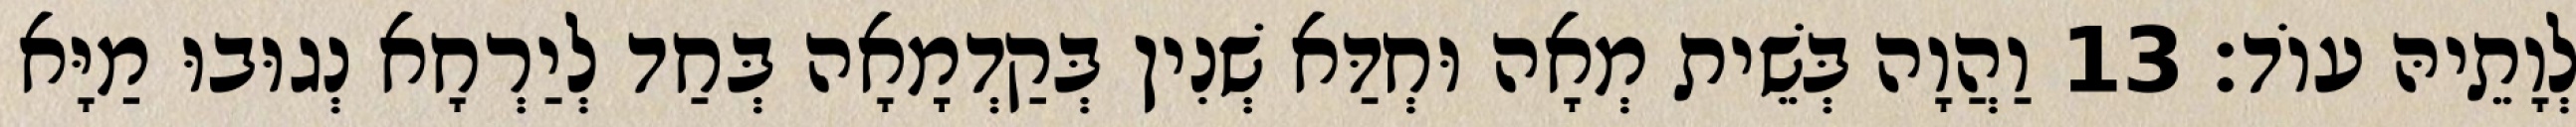
לְוָתֵיהּ עוֹד׃ 13 וַהֲוָה בְּשֵׁית מְאָה וּחְדַּא שְׁנִין בְּקַדְמָאָה בְּחַד לְיַרְחָא נְגוּבוּ מַיָּא